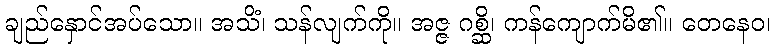
ချည်နှောင်အပ်သော။ အသိံ၊ သန်လျက်ကို။ အဇ္ဇ ဂစ္ဆိ၊ ကန်ကျောက်မိ၏။ တေနေဝ၊